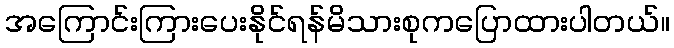
အကြောင်းကြားပေးနိုင်ရန်မိသားစုကပြောထားပါတယ်။